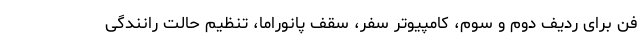
فن برای ردیف دوم و سوم، کامپیوتر سفر، سقف پانوراما، تنظیم حالت رانندگی